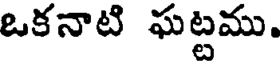
ఒకనాటి ఘట్టము.